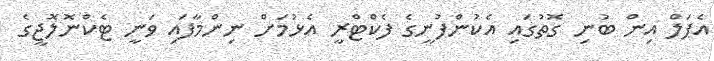
އެޕަލް އިން ބުނި ގޮތުގައި އެކުންފުނީގެ ފެކްޓްރީ އެޅުމަށް ނިންމާފައި ވަނީ ޓެކްނޮލޮޖީގެ